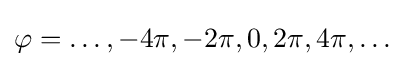
\varphi =\ldots ,-4\pi ,-2\pi ,0,2\pi ,4\pi ,\ldots